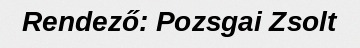
Rendező: Pozsgai Zsolt